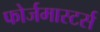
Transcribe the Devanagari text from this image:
फोर्जमास्टर्स